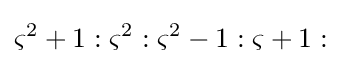
\varsigma ^{2}+1:\varsigma ^{2}:\varsigma ^{2}-1:\varsigma +1: